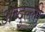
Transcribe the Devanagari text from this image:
अब्दुल्ली